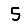
Digit: 5